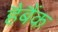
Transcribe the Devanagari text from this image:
हैबैंक